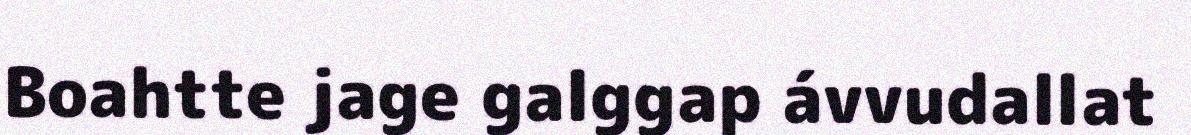
Boahtte jage galggap ávvudallat